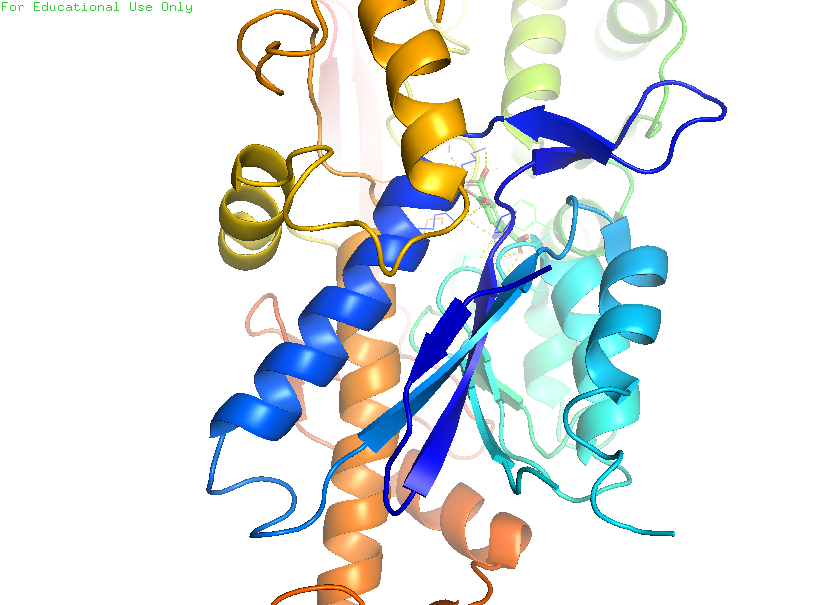
pymol, preset, ligand_cartoon